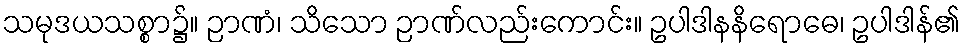
သမုဒယသစ္စာ၌။ ဉာဏံ၊ သိသော ဉာဏ်လည်းကောင်း။ ဥပါဒါနနိရောဓေ၊ ဥပါဒါန်၏